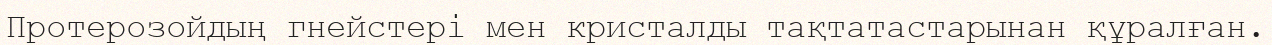
Протерозойдың гнейстері мен кристалды тақтатастарынан құралған.